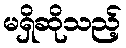
မရှိဆိုသည့်